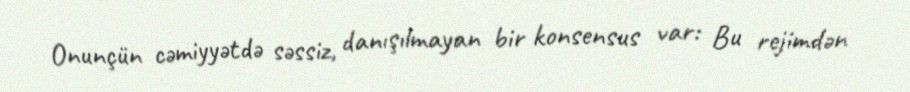
Onunçün cəmiyyətdə səssiz, danışılmayan bir konsensus var: Bu rejimdən